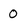
Character: 0